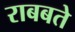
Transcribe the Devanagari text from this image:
राबबते